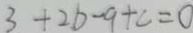
3 + 2 b - 9 + c = 0